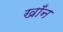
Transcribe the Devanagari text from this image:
खाँन